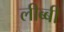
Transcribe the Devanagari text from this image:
लीब्बी